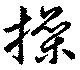
操